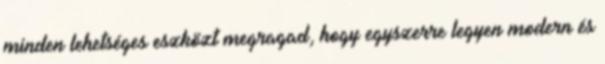
minden lehetséges eszközt megragad, hogy egyszerre legyen modern és